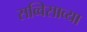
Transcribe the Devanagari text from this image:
सव्विसाव्या